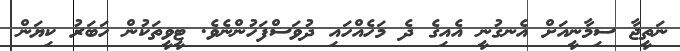
ނަތީޖާ ސިމާނީއަށް އެނގުނީ އެއިގެ ދެ މަހެއްހައި ދުވަސްފަހުންނެވެ. ޓީވީތަކުން ހަބަރު ކިޔަން